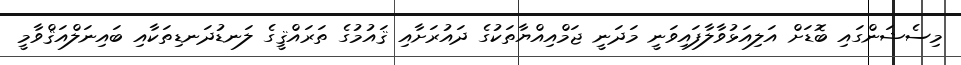
މިސެޝަންގައި ބޮޑަށް އަލިއަޅުވާލާފައިވަނީ މަދަނީ ޖަމްއިއްޔާތަކުގެ ދައުރަށާއި ޤައުމުގެ ތަރައްޤީގެ ލަނޑުދަނޑިތަކާއި ބައިނަލްއަޤްވާމީ